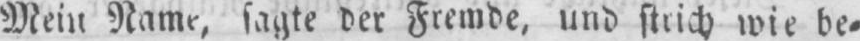
sagte der Fremde, und strich wie be⸗